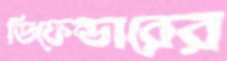
ডিফেন্ডারের